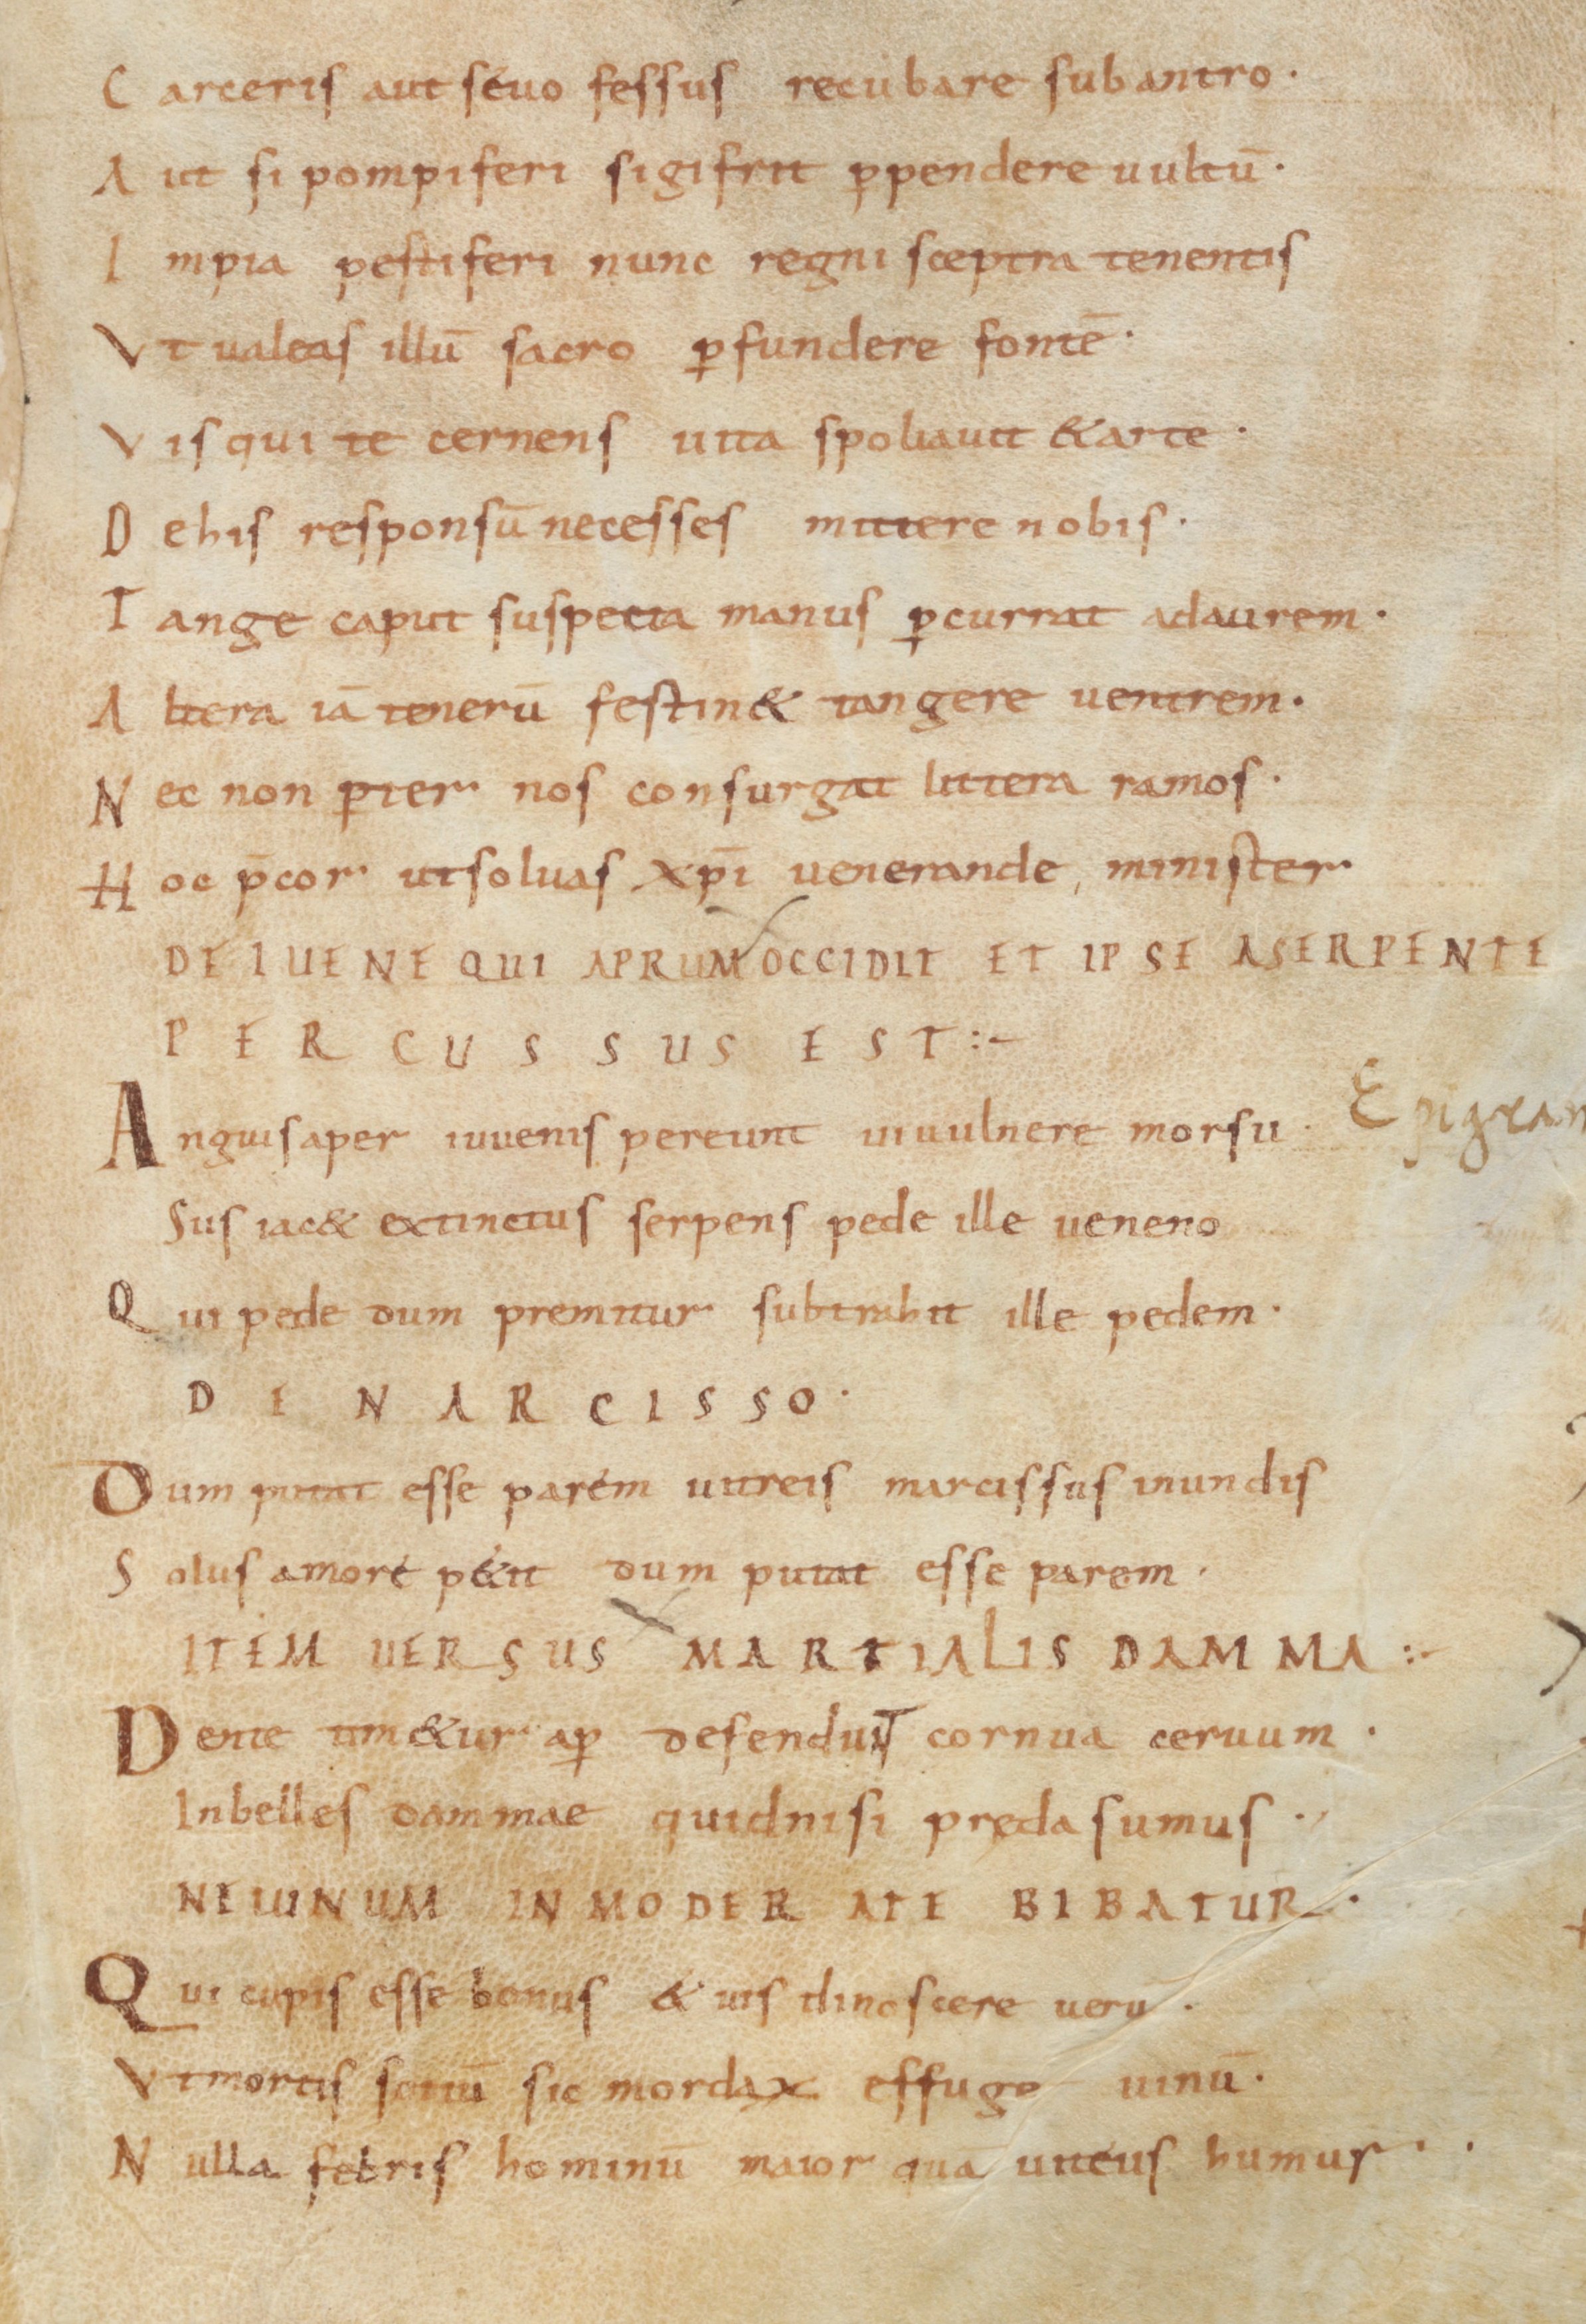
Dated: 900–999